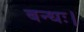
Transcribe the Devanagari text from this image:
बन्धः।